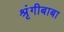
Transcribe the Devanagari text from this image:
श्रृंगीबाबा